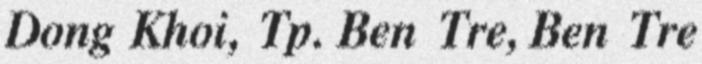
Dong Khoi, Tp. Ben Tre, Ben Tre